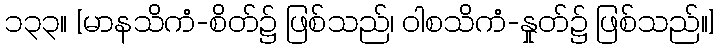
၁၃၃။ [မာနသိကံ-စိတ်၌ ဖြစ်သည်၊ ဝါစသိကံ-နှုတ်၌ ဖြစ်သည်။]